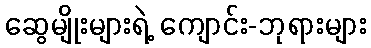
ဆွေမျိုးများရဲ့ ကျောင်း-ဘုရားများ